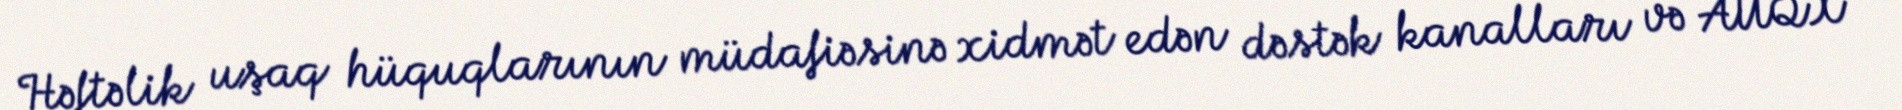
Həftəlik uşaq hüquqlarının müdafiəsinə xidmət edən dəstək kanalları və AUQX